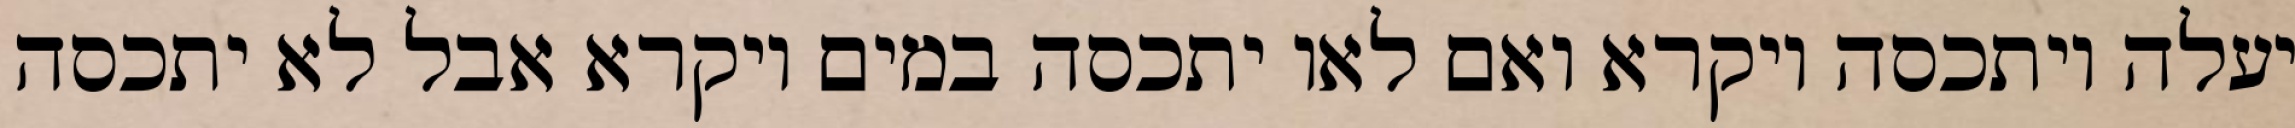
יעלה ויתכסה ויקרא ואם לאו יתכסה במים ויקרא אבל לא יתכסה